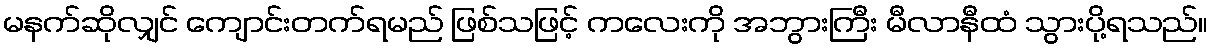
မနက်ဆိုလျှင် ကျောင်းတက်ရမည် ဖြစ်သဖြင့် ကလေးကို အဘွားကြီး မီလာနီထံ သွားပို့ရသည်။